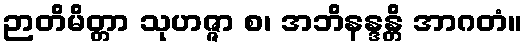
ဉာတိမိတ္တာ သုဟဇ္ဇာ စ၊ အဘိနန္ဒန္တိ အာဂတံ။